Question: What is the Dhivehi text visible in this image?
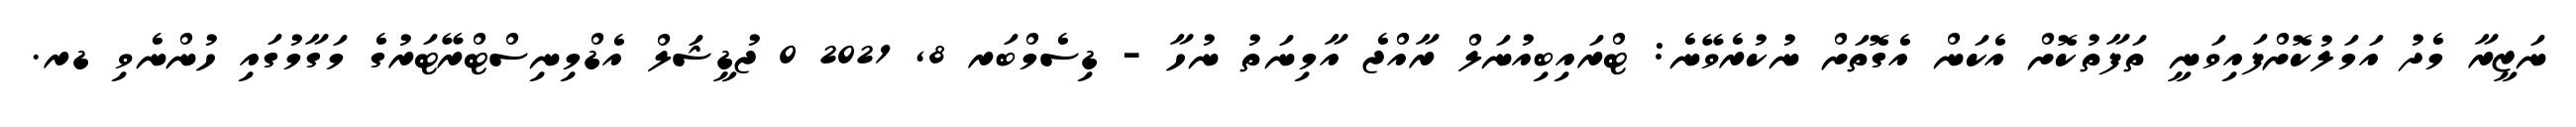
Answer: ނަޒީރާ މެދު އަމަލުކޮށްފައިވަނީ ތަފާތުކޮށް އެކަން އެގޮތަށް ނުކުރެވޭނެ: ޓްރައިބިއުނަލް ރާއްޖެ އާމިނަތު ނުހާ - ޑިސެމްބަރ 8, 2021 0 ޖުޑީޝަލް އެޑްމިނިސްޓްރޭޓަރުގެ މަގާމުގައި ހުންނެވި ޑރ.